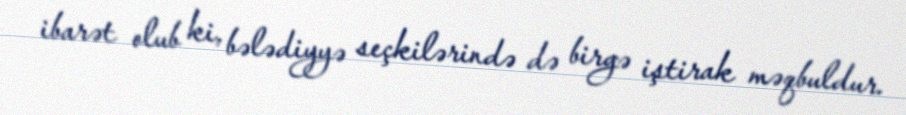
ibarət olub ki, bələdiyyə seçkilərində də birgə iştirak məqbuldur.